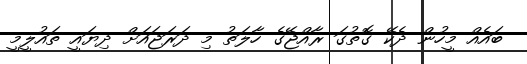
ބައެއް މީހުން ދެކޭ ގޮތުގަ ރާއްޖޭގެ ހާލަތު މި ދަރަޖައަށް ދިޔައީ ތައުލީމީ